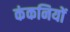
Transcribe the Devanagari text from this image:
कंकनियों